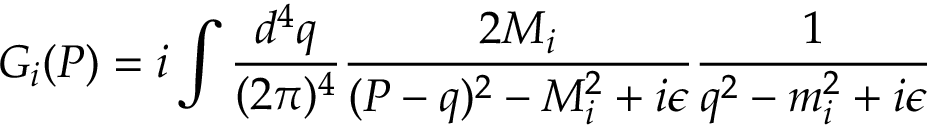
G _ { i } ( P ) = i \int \frac { d ^ { 4 } q } { ( 2 \pi ) ^ { 4 } } \frac { 2 M _ { i } } { ( P - q ) ^ { 2 } - M _ { i } ^ { 2 } + i \epsilon } \frac { 1 } { q ^ { 2 } - m _ { i } ^ { 2 } + i \epsilon }